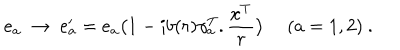
e _ { a } \ \rightarrow \ e _ { a } ^ { \prime } = e _ { a } \big ( 1 - i b ( r ) \gamma _ { a } ^ { T } . \frac { x ^ { T } } { r } \big ) \ ( a = 1 , 2 ) \ .